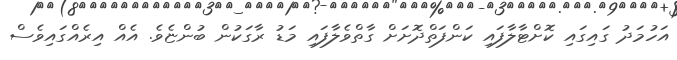
އަހުމަދު ގައިގައި ކޮށްޓާލާފައި ކަންފަތްދޮށަށް ގާތްވެލާފައި މަޑު ރާގަކުން ބުންޏެވެ. އެއް އިރެއްގައިވެސް